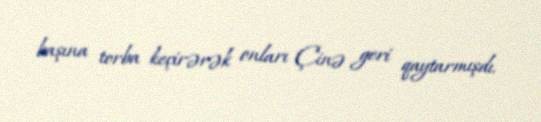
başına torba keçirərək onları Çinə geri qaytarmışdı.